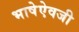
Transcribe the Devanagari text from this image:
भाषेऐवजी